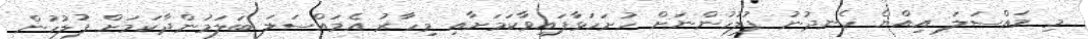
މި މައްސަލަ އިއްޔެ ހެނދުނު ފުލުހުންނަށް ހުށަހަޅާފައިވާކަމަށާއި މިހާރު އެމައްސަލަ ބަލަމުންދާކަމަށް ފުލުހުން